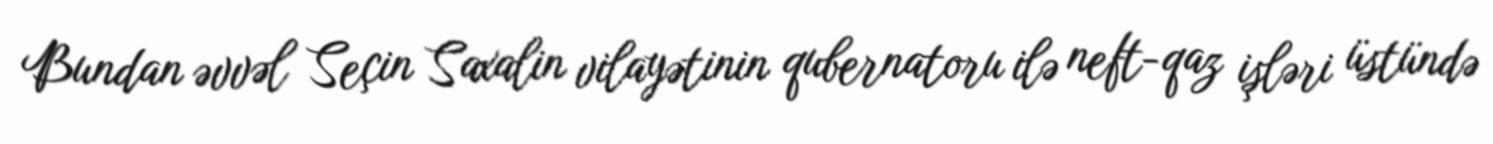
Bundan əvvəl Seçin Saxalin vilayətinin qubernatoru ilə neft-qaz işləri üstündə